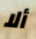
ألا